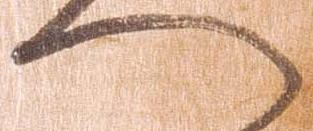
へ